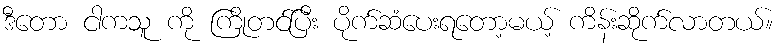
ဒီတော ငါကသူ ကို ကြိုတင်ပြီး ပိုက်ဆံပေးရတော့မယ့် ကိန်းဆိုက်လာတယ်။